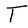
Character: T